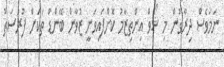
ނަމަވެސް ދިރާގުން މި ޝޯވް އިންތިޒާމު ކޮށްފައިވަނީ ޒުވާން ބޭންޑް ތަކަށް ފުރުސަތު